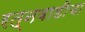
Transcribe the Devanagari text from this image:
रत्नवाडीचा